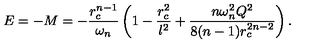
E = - M = - \frac { r _ { c } ^ { n - 1 } } { \omega _ { n } } \left( 1 - \frac { r _ { c } ^ { 2 } } { l ^ { 2 } } + \frac { n \omega _ { n } ^ { 2 } Q ^ { 2 } } { 8 ( n - 1 ) r _ { c } ^ { 2 n - 2 } } \right) .